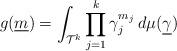
LaTeX: \begin{gather*}g(\underline{m})= \int_{\mathcal{T}^k} \prod_{j=1}^{k} \gamma_j^{m_j} \,d \mu (\underline{\gamma}) \end{gather*}